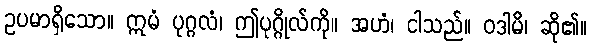
ဥပမာရှိသော။ ဣမံ ပုဂ္ဂလံ၊ ဤပုဂ္ဂိုလ်ကို။ အဟံ၊ ငါသည်။ ဝဒါမိ၊ ဆို၏။